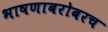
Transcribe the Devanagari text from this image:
भाषणाबरोबरच